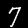
Label: 7